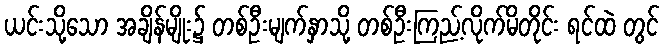
ယင်းသို့သော အချိန်မျိုး၌ တစ်ဦးမျက်နှာသို့ တစ်ဦးကြည့်လိုက်မိတိုင်း ရင်ထဲ တွင်